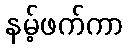
နမ့်ဖက်ကာ